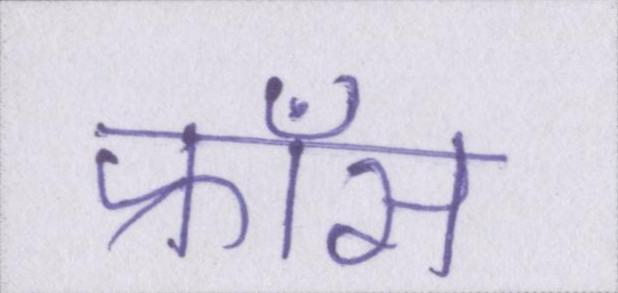
फ्राँस